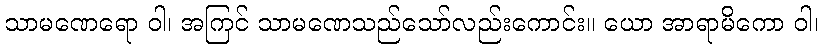
သာမဏေရော ဝါ၊ အကြင် သာမဏေသည်သော်လည်းကောင်း။ ယော အာရာမိကော ဝါ၊